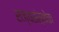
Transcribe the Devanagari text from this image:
राज्यसंस्थेचा